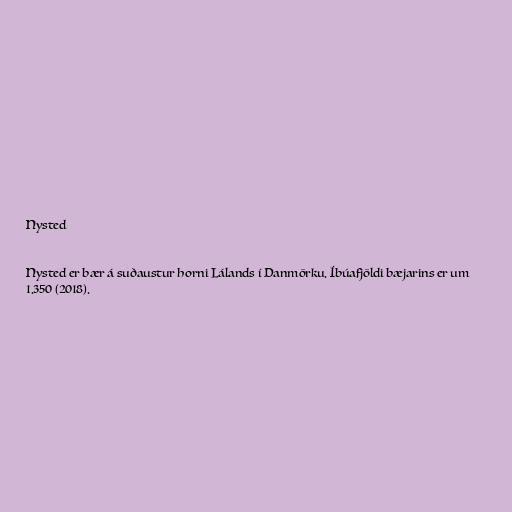
Nysted

Nysted er bær á suðaustur horni Lálands í Danmörku. Íbúafjöldi bæjarins er um
1.350 (2018).